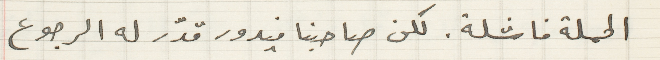
الحملة فاشلة. لكن صاحبنا فيدور قدّر له الرجوع